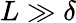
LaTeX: L\gg\delta